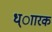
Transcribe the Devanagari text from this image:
ध्ाारक